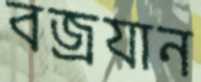
বজ্রযান